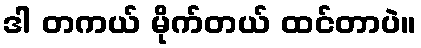
ဒါ တကယ် မိုက်တယ် ထင်တာပဲ။